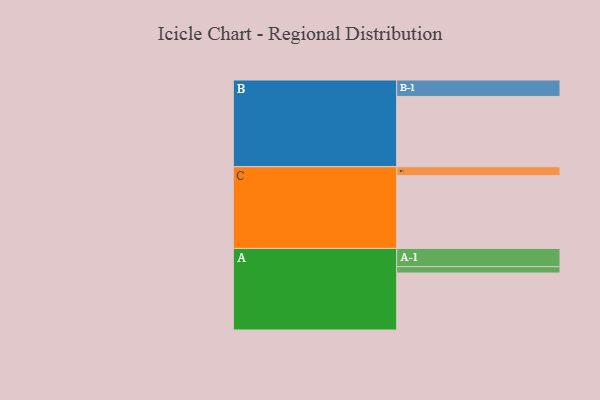
{"axis": {"x": "Segment", "y": "Value"}, "legend": ["", "A", "B", "C"], "data": [{"x": "A", "y": 454, "type": ""}, {"x": "B", "y": 560, "type": ""}, {"x": "C", "y": 580, "type": ""}, {"x": "A-1", "y": 145, "type": "A"}, {"x": "A-2", "y": 51, "type": "A"}, {"x": "B-1", "y": 131, "type": "B"}, {"x": "C-1", "y": 71, "type": "C"}]}